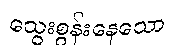
သွေးစွန်းနေသော